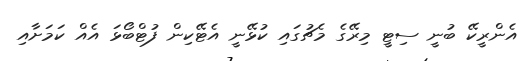
އެންރީކޭ ބުނީ ސިޓީ މިރޭގެ މެޗުގައި ކުޅޭނީ އެޓޭކިން ފުޓްބޯޅަ އެއް ކަމަށާއި